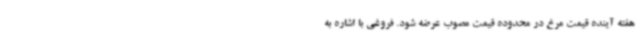
هفته آینده قیمت مرغ در محدوده قیمت مصوب عرضه شود. فروغی با اشاره به